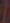
/